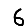
Digit: 6